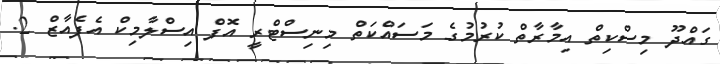
ގައްދޫ މިސްކިތް އިމާރާތް ކުރުމުގެ މަސައްކަތް މިނިސްޓްރީ އޮފް އިސްލާމިކް އެފެއާޒް 2.